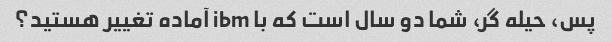
پس، حیله گر، شما دو سال است که با ibm آماده تغییر هستید؟